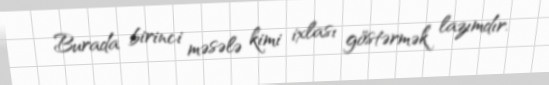
Burada birinci məsələ kimi ixlası göstərmək lazımdır.